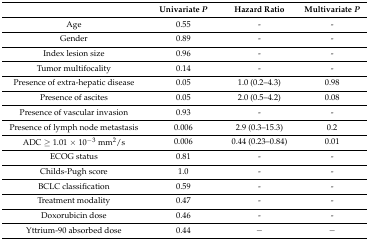
|  | Univariate P | Hazard Ratio | Multivariate P |
 | --- | --- | --- | --- |
 | Age | 0.55 | - | - |
 | Gender | 0.89 | - | - |
 | Index lesion size | 0.96 | - | - |
 | Tumor multifocality | 0.14 | - | - |
 | Presence of extra-hepatic disease | 0.05 | 1.0 (0.2–4.3) | 0.98 |
 | Presence of ascites | 0.05 | 2.0 (0.5–4.2) | 0.08 |
 | Presence of vascular invasion | 0.93 | - | - |
 | Presence of lymph node metastasis | 0.006 | 2.9 (0.3–15.3) | 0.2 |
 | ADC ≥ 1.01 × 10−3 mm2/s | 0.006 | 0.44 (0.23–0.84) | 0.01 |
 | ECOG status | 0.81 | - | - |
 | Childs-Pugh score | 1.0 | - | - |
 | BCLC classification | 0.59 | - | - |
 | Treatment modality | 0.47 | - | - |
 | Doxorubicin dose | 0.46 | - | - |
 | Yttrium-90 absorbed dose | 0.44 | − | − |